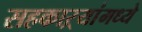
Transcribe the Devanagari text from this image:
सहकाऱ्यांमध्ये